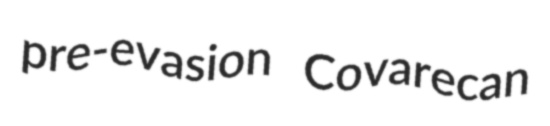
pre-evasion Covarecan